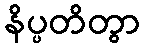
နိပ္ပတိတွာ